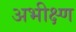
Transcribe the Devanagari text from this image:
अभीक्ष्ण